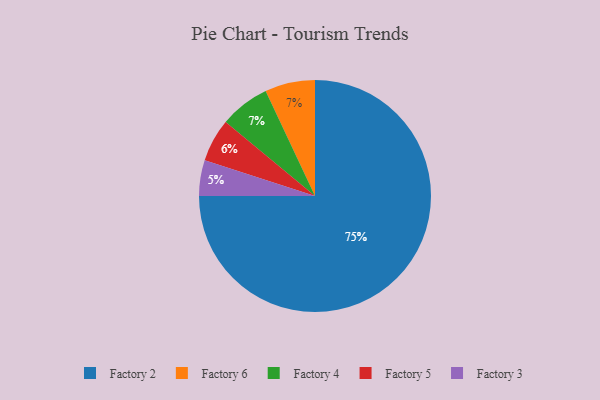
{"axis": {"x": "Category", "y": "Percentage"}, "legend": ["Factory 2", "Factory 3", "Factory 4", "Factory 5", "Factory 6"], "data": [{"x": "Factory 6", "y": 7, "type": "Factory 6"}, {"x": "Factory 2", "y": 75, "type": "Factory 2"}, {"x": "Factory 3", "y": 5, "type": "Factory 3"}, {"x": "Factory 4", "y": 7, "type": "Factory 4"}, {"x": "Factory 5", "y": 6, "type": "Factory 5"}]}